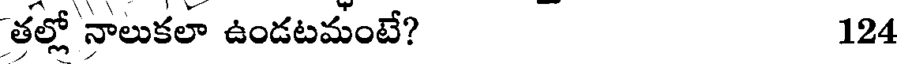
తల్లో నాలుకలా ఉండటమంటే? 124